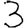
Digit: 3